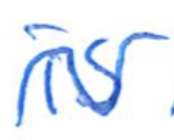
Text: is
Cross-out: wave
Writing tool: ballpoint